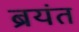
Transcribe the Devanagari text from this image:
ब्रयंत